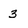
Character: 3